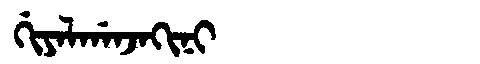
Manchu: ᡤᡳᠶᠠᠯᡤᠠᠨᠵᠠᡴᡳᠨᡳ
Romanization: GIYALGANJAKINI